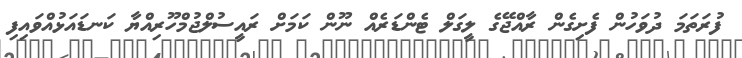
ފުރަތަމަ ދުވަހުން ފެށިގެން ރާއްޖޭގެ ލީގަލް ޓެންޑަރެއް ނޫން ކަމަށް ރައީސުލްޖުމްހޫރިއްޔާ ކަނޑައަޅުއްވައިފި